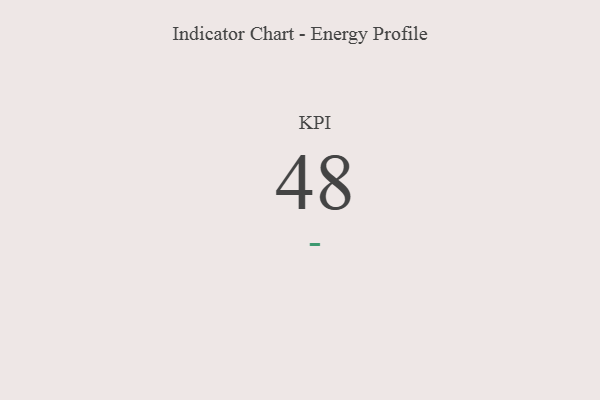
{"axis": {"x": "KPI", "y": "Value"}, "legend": [""], "data": [{"x": "KPI", "y": 48, "type": ""}]}